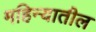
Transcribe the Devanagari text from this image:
महिन्‍यातील